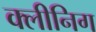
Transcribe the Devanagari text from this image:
क्लीनिग